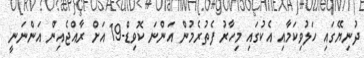
ދުނިޔޭގައި ހަލުވިކަމާއި އެކުގައި މިހާރު ފެތުރެމުން އަންނަ ކޮވިޑް-19 އަށް ރާއްޖެއިން އަންނަނީ